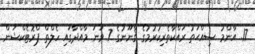
17. އާންމު ޞިއްޙަތު ރައްކާތެރިކުރުމުގެ ޤާނޫނުގެ 7 ވަނަ މާއްދާގައި ހެލްތް ޕްރޮޓެކްޝަން